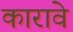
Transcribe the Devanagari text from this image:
कारावे